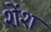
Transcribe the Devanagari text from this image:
शेंश